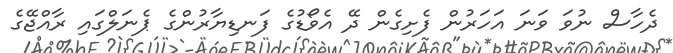
ދެހާސް ނުވަ ވަނަ އަހަރުން ފެށިގެން ދޭ އެވޯޑުގެ ފަނޑިޔާރުންގެ ޕެނަލްގައި ރާއްޖޭގެ